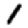
Digit: 1